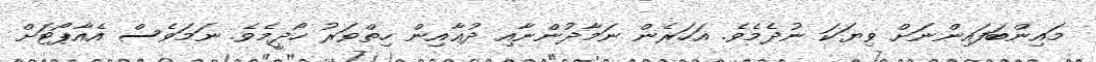
މައިންބަފައިންނަށް ވިޔަކަ ނުދެމެވެ. އަހަރެން ނަމާދުންނާއި ދުޢާއިން ހިތްވަރު ހޯދީމެވެ. ނަމަވެސް އެއާޕޯޓަށް